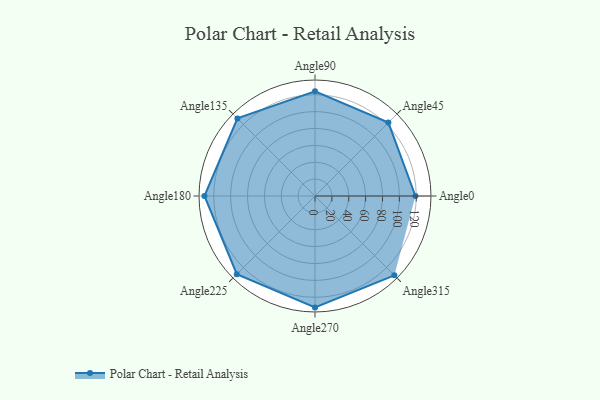
{"axis": {"x": "Angle", "y": "Radius"}, "legend": [""], "data": [{"x": "Angle0", "y": 119.0, "type": ""}, {"x": "Angle45", "y": 123.0, "type": ""}, {"x": "Angle90", "y": 124.0, "type": ""}, {"x": "Angle135", "y": 130.0, "type": ""}, {"x": "Angle180", "y": 131.0, "type": ""}, {"x": "Angle225", "y": 131.0, "type": ""}, {"x": "Angle270", "y": 132.0, "type": ""}, {"x": "Angle315", "y": 133.0, "type": ""}]}